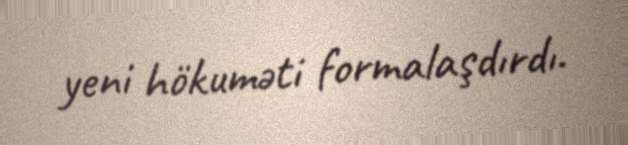
yeni hökuməti formalaşdırdı.